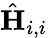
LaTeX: \hat{\mathbf{H}}_{i,i}